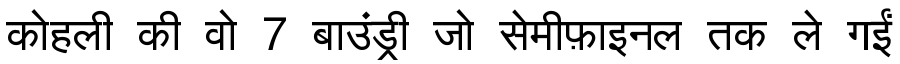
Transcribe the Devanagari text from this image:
कोहली की वो 7 बाउंड्री जो सेमीफ़ाइनल तक ले गईं